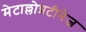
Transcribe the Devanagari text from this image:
मेटाल्लोप्रटीनेज